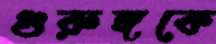
গুরুঙ্গকে